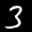
Label: 3